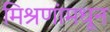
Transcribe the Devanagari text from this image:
मिश्रणांमधून